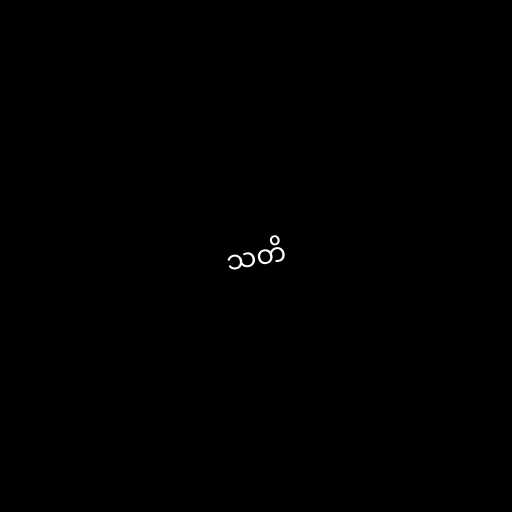
သတိ